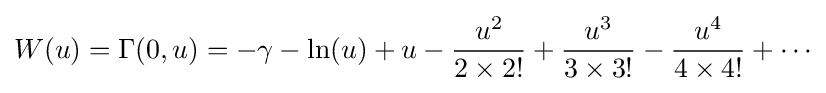
{\begin{aligned}W(u)=\Gamma (0,u)=-\gamma -\ln(u)+u-{\frac {u^{2}}{2\times 2!}}+{\frac {u^{3}}{3\times 3!}}-{\frac {u^{4}}{4\times 4!}}+\cdots \end{aligned}}